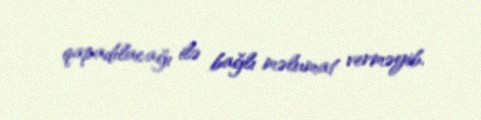
qapadılacağı ilə bağlı məlumat verməyib.